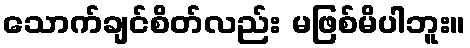
သောက်ချင်စိတ်လည်း မဖြစ်မိပါဘူး။